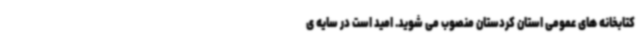
کتابخانه های عمومی استان کردستان منصوب می شوید. امید است در سایه ی